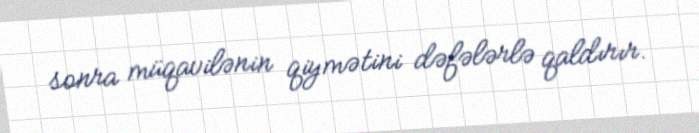
sonra müqavilənin qiymətini dəfələrlə qaldırır.